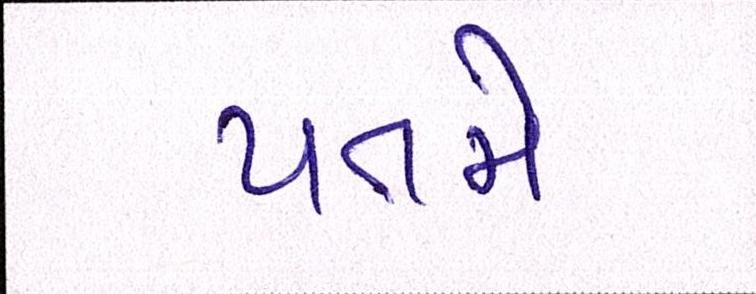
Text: પતમે